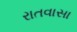
રાતવાસા